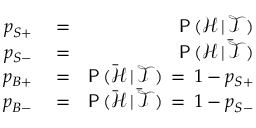
\begin{array} { r l r } { p _ { S + } } & { { } = } & { \mathsf { P } \, ( \mathcal { H } \, | \, \mathcal { T } ) } \\ { p _ { S - } } & { { } = } & { \mathsf { P } \, ( \mathcal { H } \, | \, \bar { \mathcal { T } } ) } \\ { p _ { B + } } & { { } = } & { \mathsf { P } \, ( \bar { \mathcal { H } } \, | \, \mathcal { T } ) \, = \, 1 - p _ { S + } } \\ { p _ { B - } } & { { } = } & { \mathsf { P } \, ( \bar { \mathcal { H } } \, | \, \bar { \mathcal { T } } ) \, = \, 1 - p _ { S - } } \end{array}